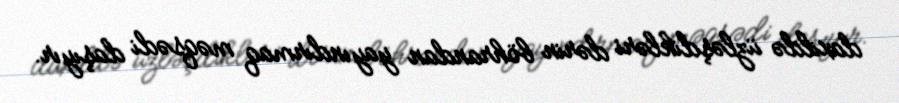
daxildə üzləşdikləri dərin böhrandan yayındırmaq məqsədi daşıyır.